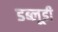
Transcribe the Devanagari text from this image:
डब्लूडी